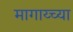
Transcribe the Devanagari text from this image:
मागाय्च्या